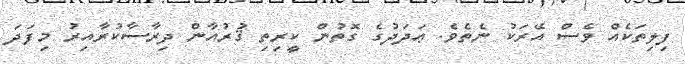
ފިލިތަކެއް ވެސް އޭރަކު ނެތެވެ. ޢަދަދުގެ ގޮތުން ކީރިތި ޤުރުއާން ދިރާސާކުރާއިރު މިފަދަ